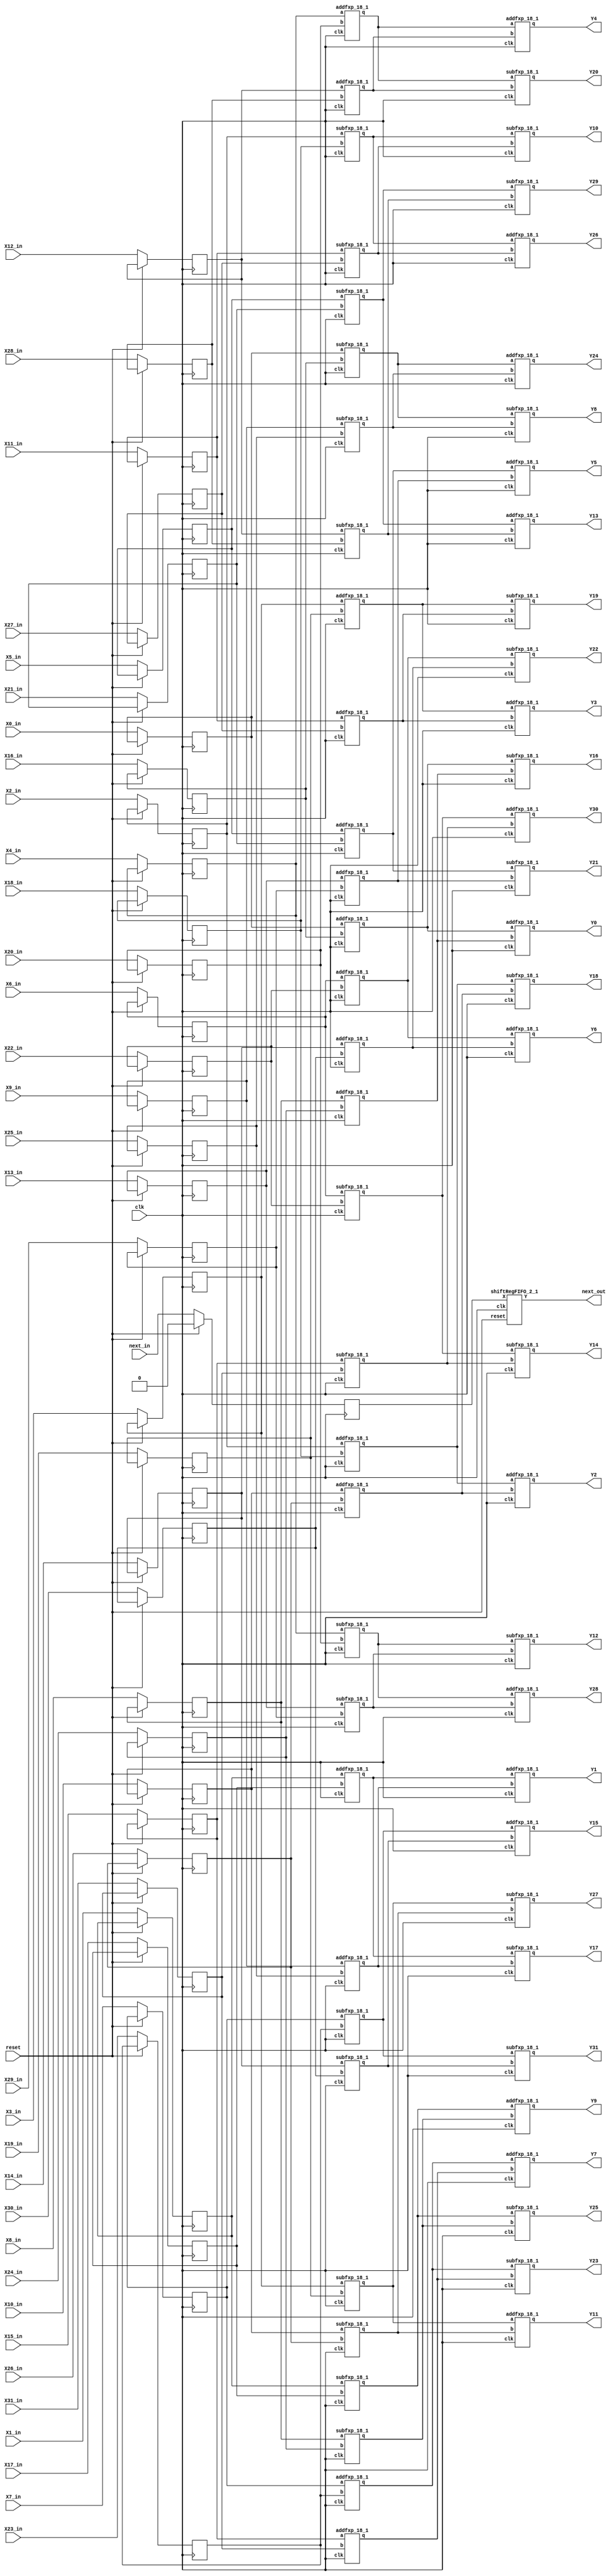
`define SIMULATION_MEMORY

module codeBlock99168_18 (
	input clk,
	input reset,
	input next_in,
	input [17:0] X0_in,
	output [17:0] Y0,
	input [17:0] X1_in,
	output [17:0] Y1,
	input [17:0] X2_in,
	output [17:0] Y2,
	input [17:0] X3_in,
	output [17:0] Y3,
	input [17:0] X4_in,
	output [17:0] Y4,
	input [17:0] X5_in,
	output [17:0] Y5,
	input [17:0] X6_in,
	output [17:0] Y6,
	input [17:0] X7_in,
	output [17:0] Y7,
	input [17:0] X8_in,
	output [17:0] Y8,
	input [17:0] X9_in,
	output [17:0] Y9,
	input [17:0] X10_in,
	output [17:0] Y10,
	input [17:0] X11_in,
	output [17:0] Y11,
	input [17:0] X12_in,
	output [17:0] Y12,
	input [17:0] X13_in,
	output [17:0] Y13,
	input [17:0] X14_in,
	output [17:0] Y14,
	input [17:0] X15_in,
	output [17:0] Y15,
	input [17:0] X16_in,
	output [17:0] Y16,
	input [17:0] X17_in,
	output [17:0] Y17,
	input [17:0] X18_in,
	output [17:0] Y18,
	input [17:0] X19_in,
	output [17:0] Y19,
	input [17:0] X20_in,
	output [17:0] Y20,
	input [17:0] X21_in,
	output [17:0] Y21,
	input [17:0] X22_in,
	output [17:0] Y22,
	input [17:0] X23_in,
	output [17:0] Y23,
	input [17:0] X24_in,
	output [17:0] Y24,
	input [17:0] X25_in,
	output [17:0] Y25,
	input [17:0] X26_in,
	output [17:0] Y26,
	input [17:0] X27_in,
	output [17:0] Y27,
	input [17:0] X28_in,
	output [17:0] Y28,
	input [17:0] X29_in,
	output [17:0] Y29,
	input [17:0] X30_in,
	output [17:0] Y30,
	input [17:0] X31_in,
	output [17:0] Y31,
	output next_out
);

reg next;
reg [17:0] X0;
reg [17:0] X1;
reg [17:0] X2;
reg [17:0] X3;
reg [17:0] X4;
reg [17:0] X5;
reg [17:0] X6;
reg [17:0] X7;
reg [17:0] X8;
reg [17:0] X9;
reg [17:0] X10;
reg [17:0] X11;
reg [17:0] X12;
reg [17:0] X13;
reg [17:0] X14;
reg [17:0] X15;
reg [17:0] X16;
reg [17:0] X17;
reg [17:0] X18;
reg [17:0] X19;
reg [17:0] X20;
reg [17:0] X21;
reg [17:0] X22;
reg [17:0] X23;
reg [17:0] X24;
reg [17:0] X25;
reg [17:0] X26;
reg [17:0] X27;
reg [17:0] X28;
reg [17:0] X29;
reg [17:0] X30;
reg [17:0] X31;
shiftRegFIFO_2_1 shiftRegFIFO_2_1_inst (
	.X(next),
	.Y(next_out),
	.reset(reset),
	.clk(clk)
);
wire  [17:0] a65;
 		wire  [17:0] a66;
 		wire  [17:0] a67;
 		wire  [17:0] a68;
 		wire  [17:0] a73;
 		wire  [17:0] a74;
 		wire  [17:0] a75;
 		wire  [17:0] a76;
 		wire  [17:0] a81;
 		wire  [17:0] a82;
 		wire  [17:0] a83;
 		wire  [17:0] a84;
 		wire  [17:0] a89;
 		wire  [17:0] a90;
 		wire  [17:0] a91;
 		wire  [17:0] a92;
 		wire  [17:0] a97;
 		wire  [17:0] a98;
 		wire  [17:0] a99;
 		wire  [17:0] a100;
 		wire  [17:0] a105;
 		wire  [17:0] a106;
 		wire  [17:0] a107;
 		wire  [17:0] a108;
 		wire  [17:0] a113;
 		wire  [17:0] a114;
 		wire  [17:0] a115;
 		wire  [17:0] a116;
 		wire  [17:0] a121;
 		wire  [17:0] a122;
 		wire  [17:0] a123;
 		wire  [17:0] a124;
 		wire  [17:0] t402;
 		wire  [17:0] t403;
 		wire  [17:0] t404;
 		wire  [17:0] t405;
 		wire  [17:0] t406;
 		wire  [17:0] t407;
 		wire  [17:0] t408;
 		wire  [17:0] t409;
 		wire  [17:0] t418;
 		wire  [17:0] t419;
 		wire  [17:0] t420;
 		wire  [17:0] t421;
 		wire  [17:0] t422;
 		wire  [17:0] t423;
 		wire  [17:0] t424;
 		wire  [17:0] t425;
 		wire  [17:0] t434;
 		wire  [17:0] t435;
 		wire  [17:0] t436;
 		wire  [17:0] t437;
 		wire  [17:0] t438;
 		wire  [17:0] t439;
 		wire  [17:0] t440;
 		wire  [17:0] t441;
 		wire  [17:0] t450;
 		wire  [17:0] t451;
 		wire  [17:0] t452;
 		wire  [17:0] t453;
 		wire  [17:0] t454;
 		wire  [17:0] t455;
 		wire  [17:0] t456;
 		wire  [17:0] t457;
 		wire  [17:0] t410;
 		wire  [17:0] t411;
 		wire  [17:0] t412;
 		wire  [17:0] t413;
 		wire  [17:0] t414;
 		wire  [17:0] t415;
 		wire  [17:0] t416;
 		wire  [17:0] t417;
 		wire  [17:0] t426;
 		wire  [17:0] t427;
 		wire  [17:0] t428;
 		wire  [17:0] t429;
 		wire  [17:0] t430;
 		wire  [17:0] t431;
 		wire  [17:0] t432;
 		wire  [17:0] t433;
 		wire  [17:0] t442;
 		wire  [17:0] t443;
 		wire  [17:0] t444;
 		wire  [17:0] t445;
 		wire  [17:0] t446;
 		wire  [17:0] t447;
 		wire  [17:0] t448;
 		wire  [17:0] t449;
 		wire  [17:0] t458;
 		wire  [17:0] t459;
 		wire  [17:0] t460;
 		wire  [17:0] t461;
 		wire  [17:0] t462;
 		wire  [17:0] t463;
 		wire  [17:0] t464;
 		wire  [17:0] t465;

assign a65 = X0;
 		assign a66 = X16;
 		assign a67 = X1;
 		assign a68 = X17;
 		assign a73 = X8;
 		assign a74 = X24;
 		assign a75 = X9;
 		assign a76 = X25;
 		assign a81 = X2;
 		assign a82 = X18;
 		assign a83 = X3;
 		assign a84 = X19;
 		assign a89 = X10;
 		assign a90 = X26;
 		assign a91 = X11;
 		assign a92 = X27;
 		assign a97 = X4;
 		assign a98 = X20;
 		assign a99 = X5;
 		assign a100 = X21;
 		assign a105 = X12;
 		assign a106 = X28;
 		assign a107 = X13;
 		assign a108 = X29;
 		assign a113 = X6;
 		assign a114 = X22;
 		assign a115 = X7;
 		assign a116 = X23;
 		assign a121 = X14;
 		assign a122 = X30;
 		assign a123 = X15;
 		assign a124 = X31;
 		assign Y0 = t410;
 		assign Y1 = t411;
 		assign Y16 = t412;
 		assign Y17 = t413;
 		assign Y8 = t414;
 		assign Y9 = t415;
 		assign Y24 = t416;
 		assign Y25 = t417;
 		assign Y2 = t426;
 		assign Y3 = t427;
 		assign Y18 = t428;
 		assign Y19 = t429;
 		assign Y10 = t430;
 		assign Y11 = t431;
 		assign Y26 = t432;
 		assign Y27 = t433;
 		assign Y4 = t442;
 		assign Y5 = t443;
 		assign Y20 = t444;
 		assign Y21 = t445;
 		assign Y12 = t446;
 		assign Y13 = t447;
 		assign Y28 = t448;
 		assign Y29 = t449;
 		assign Y6 = t458;
 		assign Y7 = t459;
 		assign Y22 = t460;
 		assign Y23 = t461;
 		assign Y14 = t462;
 		assign Y15 = t463;
 		assign Y30 = t464;
 		assign Y31 = t465;

addfxp_18_1 add99180(.a(a65), .b(a66), .clk(clk), .q(t402));
 		addfxp_18_1 add99195(.a(a67), .b(a68), .clk(clk), .q(t403));
 		subfxp_18_1 sub99210(.a(a65), .b(a66), .clk(clk), .q(t404));
 		subfxp_18_1 sub99225(.a(a67), .b(a68), .clk(clk), .q(t405));
 		addfxp_18_1 add99240(.a(a73), .b(a74), .clk(clk), .q(t406));
 		addfxp_18_1 add99255(.a(a75), .b(a76), .clk(clk), .q(t407));
 		subfxp_18_1 sub99270(.a(a73), .b(a74), .clk(clk), .q(t408));
 		subfxp_18_1 sub99285(.a(a75), .b(a76), .clk(clk), .q(t409));
 		addfxp_18_1 add99388(.a(a81), .b(a82), .clk(clk), .q(t418));
 		addfxp_18_1 add99403(.a(a83), .b(a84), .clk(clk), .q(t419));
 		subfxp_18_1 sub99418(.a(a81), .b(a82), .clk(clk), .q(t420));
 		subfxp_18_1 sub99433(.a(a83), .b(a84), .clk(clk), .q(t421));
 		addfxp_18_1 add99448(.a(a89), .b(a90), .clk(clk), .q(t422));
 		addfxp_18_1 add99463(.a(a91), .b(a92), .clk(clk), .q(t423));
 		subfxp_18_1 sub99478(.a(a89), .b(a90), .clk(clk), .q(t424));
 		subfxp_18_1 sub99493(.a(a91), .b(a92), .clk(clk), .q(t425));
 		addfxp_18_1 add99596(.a(a97), .b(a98), .clk(clk), .q(t434));
 		addfxp_18_1 add99611(.a(a99), .b(a100), .clk(clk), .q(t435));
 		subfxp_18_1 sub99626(.a(a97), .b(a98), .clk(clk), .q(t436));
 		subfxp_18_1 sub99641(.a(a99), .b(a100), .clk(clk), .q(t437));
 		addfxp_18_1 add99656(.a(a105), .b(a106), .clk(clk), .q(t438));
 		addfxp_18_1 add99671(.a(a107), .b(a108), .clk(clk), .q(t439));
 		subfxp_18_1 sub99686(.a(a105), .b(a106), .clk(clk), .q(t440));
 		subfxp_18_1 sub99701(.a(a107), .b(a108), .clk(clk), .q(t441));
 		addfxp_18_1 add99804(.a(a113), .b(a114), .clk(clk), .q(t450));
 		addfxp_18_1 add99819(.a(a115), .b(a116), .clk(clk), .q(t451));
 		subfxp_18_1 sub99834(.a(a113), .b(a114), .clk(clk), .q(t452));
 		subfxp_18_1 sub99849(.a(a115), .b(a116), .clk(clk), .q(t453));
 		addfxp_18_1 add99864(.a(a121), .b(a122), .clk(clk), .q(t454));
 		addfxp_18_1 add99879(.a(a123), .b(a124), .clk(clk), .q(t455));
 		subfxp_18_1 sub99894(.a(a121), .b(a122), .clk(clk), .q(t456));
 		subfxp_18_1 sub99909(.a(a123), .b(a124), .clk(clk), .q(t457));
 		addfxp_18_1 add99292(.a(t402), .b(t406), .clk(clk), .q(t410));
 		addfxp_18_1 add99299(.a(t403), .b(t407), .clk(clk), .q(t411));
 		subfxp_18_1 sub99306(.a(t402), .b(t406), .clk(clk), .q(t412));
 		subfxp_18_1 sub99313(.a(t403), .b(t407), .clk(clk), .q(t413));
 		subfxp_18_1 sub99336(.a(t404), .b(t409), .clk(clk), .q(t414));
 		addfxp_18_1 add99343(.a(t405), .b(t408), .clk(clk), .q(t415));
 		addfxp_18_1 add99350(.a(t404), .b(t409), .clk(clk), .q(t416));
 		subfxp_18_1 sub99357(.a(t405), .b(t408), .clk(clk), .q(t417));
 		addfxp_18_1 add99500(.a(t418), .b(t422), .clk(clk), .q(t426));
 		addfxp_18_1 add99507(.a(t419), .b(t423), .clk(clk), .q(t427));
 		subfxp_18_1 sub99514(.a(t418), .b(t422), .clk(clk), .q(t428));
 		subfxp_18_1 sub99521(.a(t419), .b(t423), .clk(clk), .q(t429));
 		subfxp_18_1 sub99544(.a(t420), .b(t425), .clk(clk), .q(t430));
 		addfxp_18_1 add99551(.a(t421), .b(t424), .clk(clk), .q(t431));
 		addfxp_18_1 add99558(.a(t420), .b(t425), .clk(clk), .q(t432));
 		subfxp_18_1 sub99565(.a(t421), .b(t424), .clk(clk), .q(t433));
 		addfxp_18_1 add99708(.a(t434), .b(t438), .clk(clk), .q(t442));
 		addfxp_18_1 add99715(.a(t435), .b(t439), .clk(clk), .q(t443));
 		subfxp_18_1 sub99722(.a(t434), .b(t438), .clk(clk), .q(t444));
 		subfxp_18_1 sub99729(.a(t435), .b(t439), .clk(clk), .q(t445));
 		subfxp_18_1 sub99752(.a(t436), .b(t441), .clk(clk), .q(t446));
 		addfxp_18_1 add99759(.a(t437), .b(t440), .clk(clk), .q(t447));
 		addfxp_18_1 add99766(.a(t436), .b(t441), .clk(clk), .q(t448));
 		subfxp_18_1 sub99773(.a(t437), .b(t440), .clk(clk), .q(t449));
 		addfxp_18_1 add99916(.a(t450), .b(t454), .clk(clk), .q(t458));
 		addfxp_18_1 add99923(.a(t451), .b(t455), .clk(clk), .q(t459));
 		subfxp_18_1 sub99930(.a(t450), .b(t454), .clk(clk), .q(t460));
 		subfxp_18_1 sub99937(.a(t451), .b(t455), .clk(clk), .q(t461));
 		subfxp_18_1 sub99960(.a(t452), .b(t457), .clk(clk), .q(t462));
 		addfxp_18_1 add99967(.a(t453), .b(t456), .clk(clk), .q(t463));
 		addfxp_18_1 add99974(.a(t452), .b(t457), .clk(clk), .q(t464));
 		subfxp_18_1 sub99981(.a(t453), .b(t456), .clk(clk), .q(t465));

always @(posedge clk) begin
	if (reset == 1) begin
		next <= 1'b0;
	end else begin
		X0 <= X0_in;
		X1 <= X1_in;
		X2 <= X2_in;
		X3 <= X3_in;
		X4 <= X4_in;
		X5 <= X5_in;
		X6 <= X6_in;
		X7 <= X7_in;
		X8 <= X8_in;
		X9 <= X9_in;
		X10 <= X10_in;
		X11 <= X11_in;
		X12 <= X12_in;
		X13 <= X13_in;
		X14 <= X14_in;
		X15 <= X15_in;
		X16 <= X16_in;
		X17 <= X17_in;
		X18 <= X18_in;
		X19 <= X19_in;
		X20 <= X20_in;
		X21 <= X21_in;
		X22 <= X22_in;
		X23 <= X23_in;
		X24 <= X24_in;
		X25 <= X25_in;
		X26 <= X26_in;
		X27 <= X27_in;
		X28 <= X28_in;
		X29 <= X29_in;
		X30 <= X30_in;
		X31 <= X31_in;
		next <= next_in;
	end
end

endmodule
module subfxp_18_1 (
	input [17:0] a,
	input [17:0] b,
	input clk,
	output [17:0] q
);

reg [17:0] res_0;
assign q = res_0;

always @(posedge clk) begin
	res_0 <= a + b;
end

endmodule
module addfxp_18_1 (
	input [17:0] a,
	input [17:0] b,
	input clk,
	output [17:0] q
);

reg [17:0] res_0;
assign q = res_0;

always @(posedge clk) begin
	res_0 <= a + b;
end

endmodule
module shiftRegFIFO_2_1 (
	input [0:0] X,
	output [0:0] Y,
	input reset,
	input clk
);

reg [0:0] mem_0;
reg [0:0] mem_1;
assign Y = mem_1;

always @ (posedge clk) begin
	if (reset) begin
		mem_0 <= 0;
		mem_1 <= 0;
	end else begin
		mem_1 <= mem_0;
		mem_0 <= X;
	end
end

endmodule